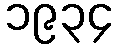
၁၉၃၄